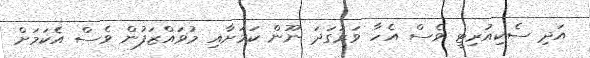
އަދި ސެކިއުރިޓީ ވެސް އެހާ ވަރުގަދަ ނޫން ކަމަށާއި މުވައްޒަފުން ވެސް އެކަމަށް